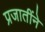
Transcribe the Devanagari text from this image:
प्रजातींने